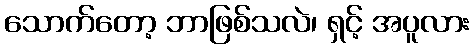
သောက်တော့ ဘာဖြစ်သလဲ၊ ရှင့် အပူလား